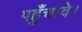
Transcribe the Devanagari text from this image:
पहुँचावे।